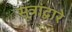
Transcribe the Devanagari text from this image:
सूत्रांद्वारे